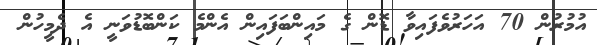
އުމުރުން 70 އަހަރުވެފައިވާ ޑޮން ގެ މައިންބަފައިން އެންމެ ކަންބޮޑުވަނީ އެ ދެމީހުން